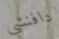
دافنشي